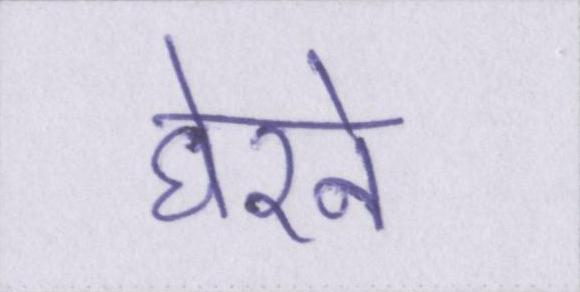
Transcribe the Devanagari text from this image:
घेरने